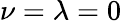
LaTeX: \nu=\lambda=0